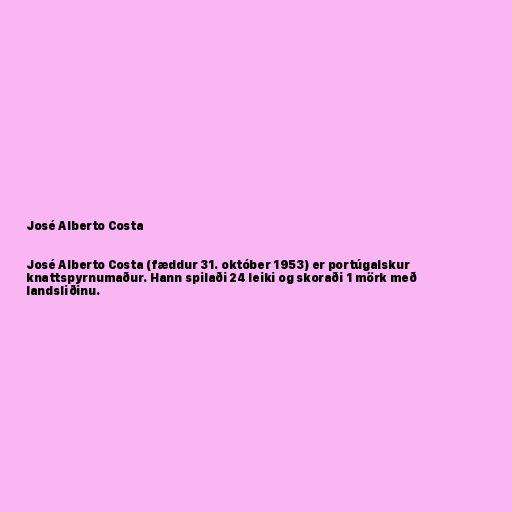
José Alberto Costa

José Alberto Costa (fæddur 31. október 1953) er portúgalskur
knattspyrnumaður. Hann spilaði 24 leiki og skoraði 1 mörk með
landsliðinu.